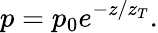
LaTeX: p=p_{0}e^{-z/{z_{T}}}.